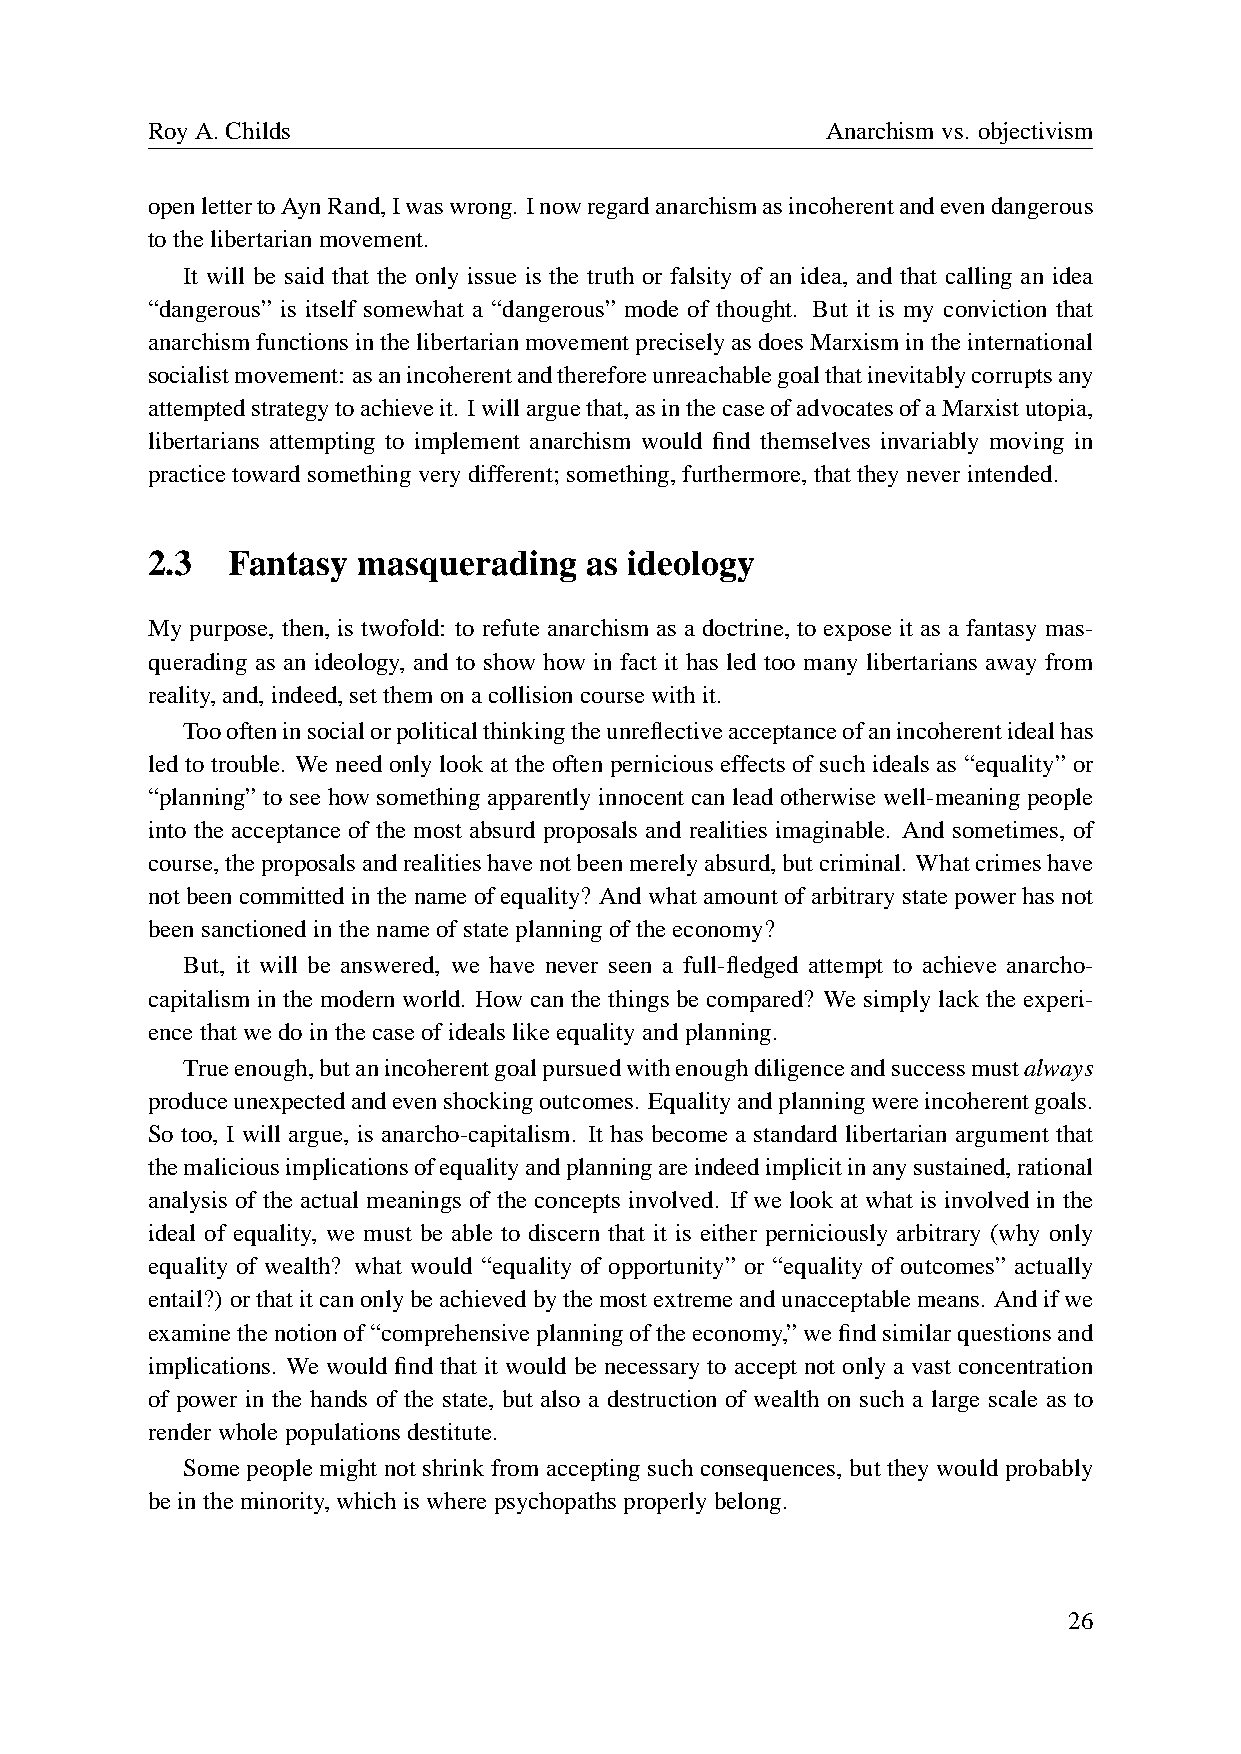
RoyA.Childs                                  Anarchismvs. objectivism
 openlettertoAynRand,Iwaswrong. Inowregardanarchismasincoherentandevendangerous
 tothelibertarianmovement.
 It will be said that the only issue is the truth or falsity of an idea, and that calling an idea
 “dangerous” is itself somewhat a “dangerous” mode of thought. But it is my conviction that
 anarchismfunctionsinthelibertarianmovementpreciselyasdoesMarxismintheinternational
 socialistmovement: asanincoherentandthereforeunreachablegoalthatinevitablycorruptsany
 attemptedstrategytoachieveit. Iwillarguethat,asinthecaseofadvocatesofaMarxistutopia,
 libertarians attempting to implement anarchism would find themselves invariably moving in
 practicetowardsomethingverydifferent;something,furthermore,thattheyneverintended.
 2.3  Fantasy  masquerading   as ideology
 My purpose, then, is twofold: to refute anarchism as a doctrine, to expose it as a fantasy mas-
 querading as an ideology, and to show how in fact it has led too many libertarians away from
 reality,and,indeed,setthemonacollisioncoursewithit.
 Tooofteninsocialorpoliticalthinkingtheunreflectiveacceptanceofanincoherentidealhas
 led to trouble. We need only look at the often pernicious effects of such ideals as “equality” or
 “planning” to see how something apparently innocent can lead otherwise well-meaning people
 into the acceptance of the most absurd proposals and realities imaginable. And sometimes, of
 course,theproposalsandrealitieshavenotbeenmerelyabsurd,butcriminal. Whatcrimeshave
 notbeencommittedinthenameofequality? Andwhatamountofarbitrarystatepowerhasnot
 beensanctionedinthenameofstateplanningoftheeconomy?
 But, it will be answered, we have never seen a full-fledged attempt to achieve anarcho-
 capitalism in the modern world. How can the things be compared? We simply lack the experi-
 encethatwedointhecaseofidealslikeequalityandplanning.
 Trueenough,butanincoherentgoalpursuedwithenoughdiligenceandsuccessmustalways
 produceunexpectedandevenshockingoutcomes. Equalityandplanningwereincoherentgoals.
 So too, I will argue, is anarcho-capitalism. It has become a standard libertarian argument that
 themaliciousimplicationsofequalityandplanningareindeedimplicitinanysustained,rational
 analysis of the actual meanings of the concepts involved. If we look at what is involved in the
 ideal of equality, we must be able to discern that it is either perniciously arbitrary (why only
 equality of wealth? what would “equality of opportunity” or “equality of outcomes” actually
 entail?) orthatitcanonlybeachievedbythemostextremeandunacceptablemeans. Andifwe
 examinethenotionof“comprehensiveplanningoftheeconomy,”wefindsimilarquestionsand
 implications. We would find that it would be necessary to accept not only a vast concentration
 of power in the hands of the state, but also a destruction of wealth on such a large scale as to
 renderwholepopulationsdestitute.
 Some people might not shrink from accepting such consequences, but they would probably
 beintheminority,whichiswherepsychopathsproperlybelong.
 26